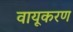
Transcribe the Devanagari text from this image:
वायूकरण